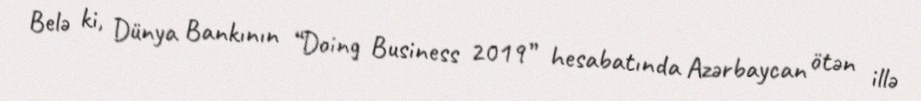
Belə ki, Dünya Bankının “Doing Business 2019” hesabatında Azərbaycan ötən illə